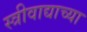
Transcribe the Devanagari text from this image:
स्त्रीवाद्याच्या